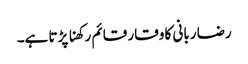
رضا ربانی کا وقار قائم رکھنا پڑتا ہے۔